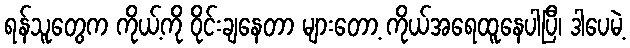
ရန်သူတွေက ကိုယ့်ကို ဝိုင်းချနေတာ များတော့ ကိုယ်အရေထူနေပါပြီ၊ ဒါပေမဲ့